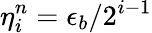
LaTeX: \eta_{i}^{n}=\epsilon_{b}/2^{i-1}